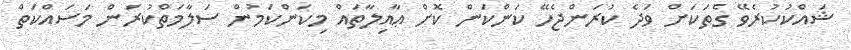
ޝައްކުކުރެވޭ ގެތަކަށް ވަދެ ކުރަންޖެހޭ ކަންކަން ކޮށް ޢާއިލާތައް މިކަންކަމުން ސަލާމަތްކުރަން މަސައްކަތް